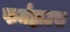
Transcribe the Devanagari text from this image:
फर्महाउस